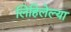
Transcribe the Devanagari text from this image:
लिहिलेल्‍या